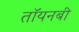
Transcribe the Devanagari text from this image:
तॉयनबी